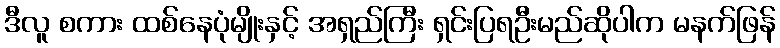
ဒီလူ စကား ထစ်နေပုံမျိုးနှင့် အရှည်ကြီး ရှင်းပြရဦးမည်ဆိုပါက မနက်ဖြန်